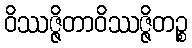
ဝိဿဇ္ဇိတာဝိဿဇ္ဇိတဉ္စ